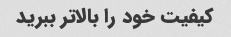
کیفیت خود را بالاتر ببرید